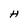
Character: H